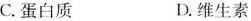
C.蛋白质 D.维生素